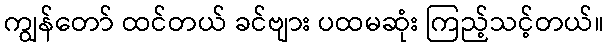
ကျွန်တော် ထင်တယ် ခင်ဗျား ပထမဆုံး ကြည့်သင့်တယ်။